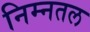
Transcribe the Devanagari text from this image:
निम्नतल